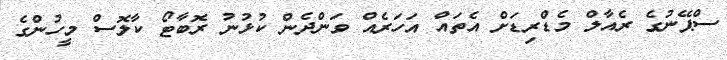
ސްޕޭނުގެ ރެއާލް މެޑްރިޑަށް އެތައް އަހަރެއް ވަންދެން ކުޅުނު ރޮބާޓޯ ކާލޮސް މީހުންގެ